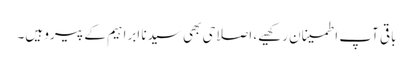
باقی آپ اطمینان رکھیے، اصلاحی بھی سیدنا ابراہیم کے پیرو ہیں۔